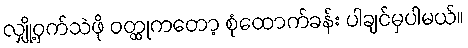
လျှို့ဝှက်သဲဖို ဝတ္ထုကတော့ စုံထောက်ခန်း ပါချင်မှပါမယ်။